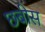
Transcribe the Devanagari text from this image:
छबीस